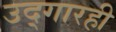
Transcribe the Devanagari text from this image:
उद्‌गारही